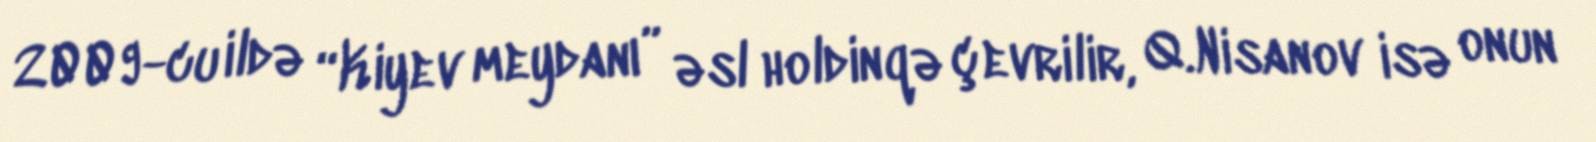
2009-cu ildə “Kiyev meydanı” əsl holdinqə çevrilir, Q.Nisanov isə onun